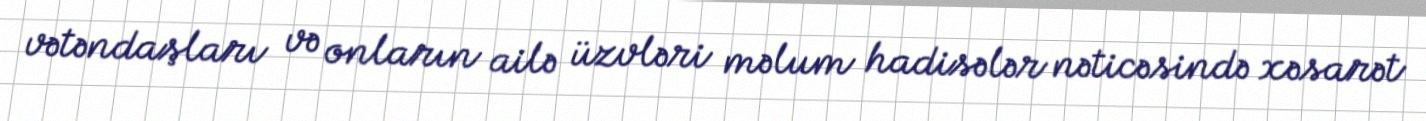
vətəndaşları və onların ailə üzvləri məlum hadisələr nəticəsində xəsarət